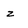
Character: z